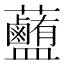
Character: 𧅽